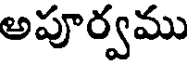
అపూర్వము